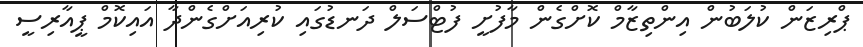
ޕްރިޒަން ކުލަބުން އިންތިޒާމް ކޮށްގެން މާފުށީ ފުޓްސަލް ދަނޑުގައި ކުރިއަށްގެންދާ އައިކޮމް ޕީއާރިސީ